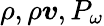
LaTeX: \rho,\rho\boldsymbol{v},P_{\omega}